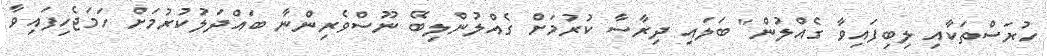
ހުރަސްތަކާއި ލިބިފައިވާ ގެއްލުން" ބަލައި ދިރާސާ ކުރުމަށް ގެއްލުންލިބޭ ނޫސްވެރިންނާ ބައްދަލުކުރުމަށް ހަމަޖެހިފައިވާ